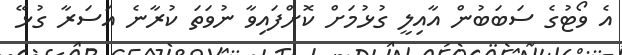
އެ ވޯޓުގެ ސަބަބުން އާއިލީ ގުޅުމަށް ކޮށްފައިވާ ނުވަތަ ކުރާނެ އަސަރާ ގުޅޭ